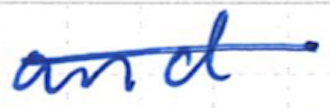
Text: and
Cross-out: single-line
Writing tool: ballpoint